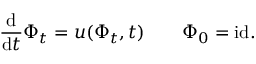
\frac { \mathrm { d } } { \mathrm { d } t } \Phi _ { t } = u ( \Phi _ { t } , t ) \qquad \Phi _ { 0 } = \mathrm { i d } .